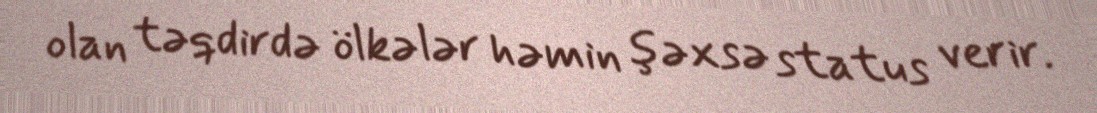
olan təqdirdə ölkələr həmin şəxsə status verir.